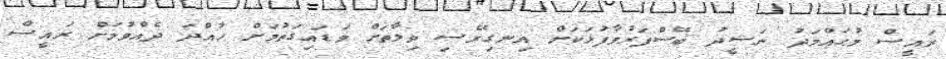
ރައީސް މުޙައްމަދު ނަޝީދު ބޭސްފަރުވާފުޅަކަށް އިނގިރޭސި ވިލާތަށް ވަޑައިގަތުމަށް ހުއްދަ ދެއްވުމަށް ރައީސް